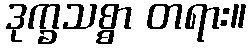
ဒုက္ခသစ္စာ တရား။